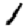
Digit: 1